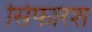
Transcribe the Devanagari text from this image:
सिफारश